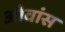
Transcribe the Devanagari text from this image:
ओवांस